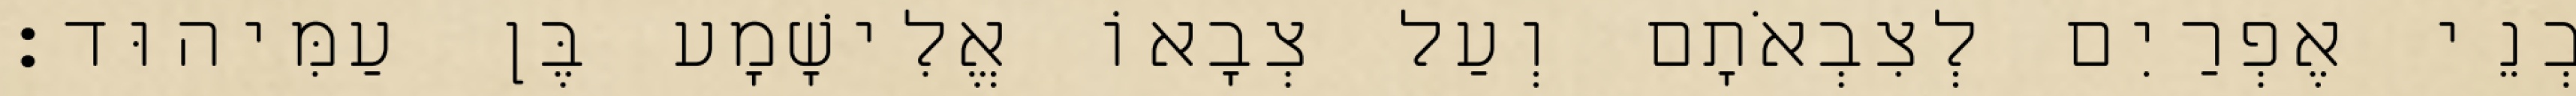
בְנֵי אֶפְרַיִם לְצִבְאֹתָם וְעַל צְבָאוֹ אֱלִישָׁמָע בֶּן עַמִּיהוּד׃